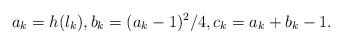
LaTeX: \begin{align*} a_k = h(l_k),b_k = (a_k-1)^2/4, c_k = a_k + b_k - 1.\end{align*}